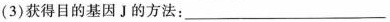
(3)获得目的基因J的方法：_____